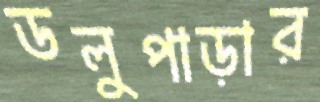
ডলুপাড়ার